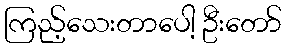
ကြည့်သေးတာပေါ့ ဦးတော်